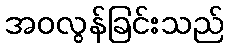
အဝလွန်ခြင်းသည်